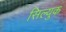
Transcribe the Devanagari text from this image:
सिल्युक